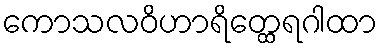
ကောသလဝိဟာရိတ္ထေရဂါထာ